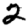
Digit: 2